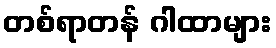
တစ်ရာတန် ဂါထာများ